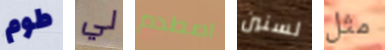
طوم لي اصطدم لسنين مثل